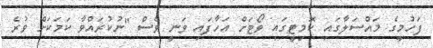
ފަހުމީގެ މައްސަލާގައި ކޮމިޓީގައި ވޯޓަށް އަހާފައި ވަނީ ވެސް "ނުކުރައްވާ ކަމަކަށް ވުރެ